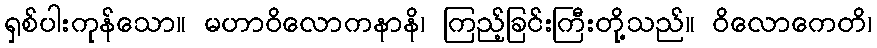
ရှစ်ပါးကုန်သော။ မဟာဝိလောကနာနိ၊ ကြည့်ခြင်းကြီးတို့သည်။ ဝိလောကေတိ၊